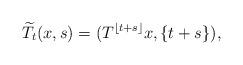
LaTeX: \begin{align*} \widetilde{T}_t(x,s)=(T^{\lfloor t+s\rfloor }x,\{t+s\}), \end{align*}